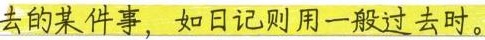
去的某件事，如日记则用一般过去时。